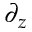
\partial _ { z }